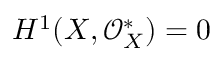
H ^ { 1 } ( X , { \mathcal { O } } _ { X } ^ { * } ) = 0